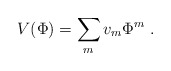
\begin{align*}V(\Phi )=\sum_mv_m\Phi ^m \;.\end{align*}